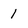
Character: 1